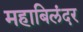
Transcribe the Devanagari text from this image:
महाबिलंदर